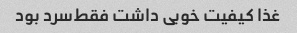
غذا کیفیت خوبی داشت فقط‌سرد بود